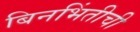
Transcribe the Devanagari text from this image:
बिनभिंतीची